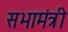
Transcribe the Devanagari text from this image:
सभामंत्री